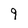
Character: 9